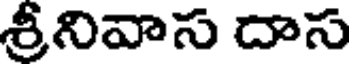
శ్రీనివాస దాస